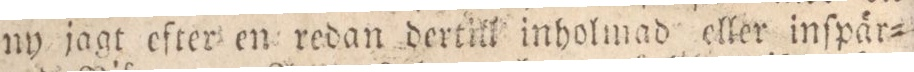
ny jagt efter en redan dertill inholmad eller inſpär=